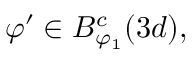
\varphi ^ { \prime } \in B _ { \varphi _ { 1 } } ^ { c } ( 3 d ) ,